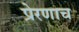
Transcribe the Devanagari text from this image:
प्रेरणाच